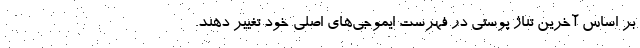
بر اساس آخرین تناژ پوستی در فهرست ایموجی‌های اصلی خود تغییر دهند.